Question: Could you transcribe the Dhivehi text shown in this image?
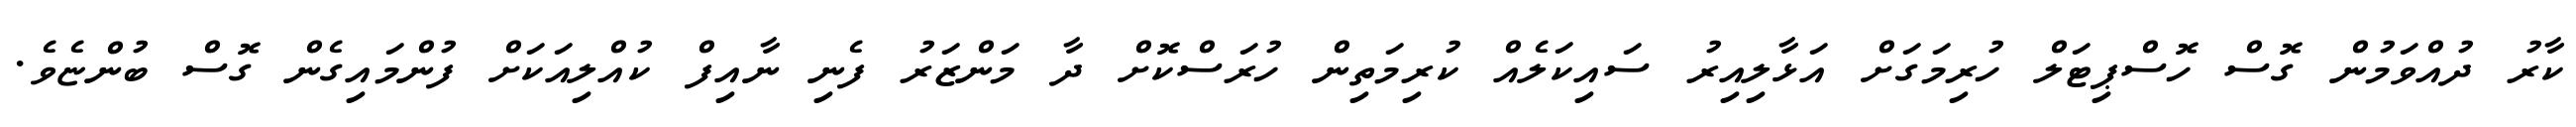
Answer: ކާރު ދުއްވަމުން ގޮސް ހޮސްޕިޓަލް ހުރިމަގަށް އަޅާލިއިރު ސައިކަލެއް ކުރިމަތިން ހުރަސްކޮށް ދާ މަންޒަރު ފެނި ނާއިފް ކުއްލިއަކަށް ފުންމައިގެން ގޮސް ބުންޏެވެ.